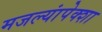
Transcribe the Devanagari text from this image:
मजल्यांपेक्शा